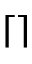
\left\lceil { } \right\rceil